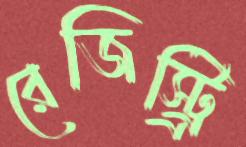
রেজিস্ট্র্রি